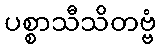
ပစ္စာသီသိတဗ္ဗံ